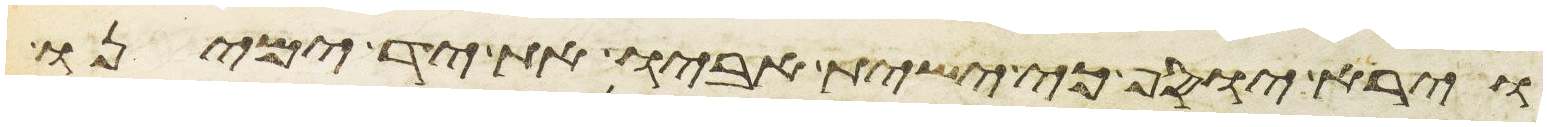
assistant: וירא יוסף כי ישית אביו את יד ימינו